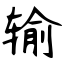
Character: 输